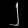
Digit: ၂